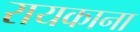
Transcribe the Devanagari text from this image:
रायकाना